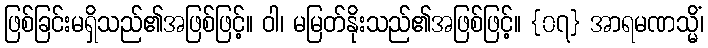
ဖြစ်ခြင်းမရှိသည်၏အဖြစ်ဖြင့်။ ဝါ၊ မမြတ်နိုးသည်၏အဖြစ်ဖြင့်။ {၀၇} အာရမဏသ္မိံ၊